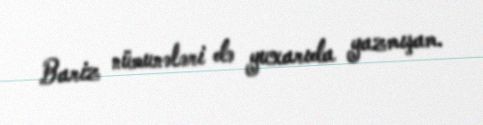
Bariz nümunələri də yuxarıda yazmışam.